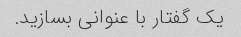
یک گفتار با عنوانی بسازید.